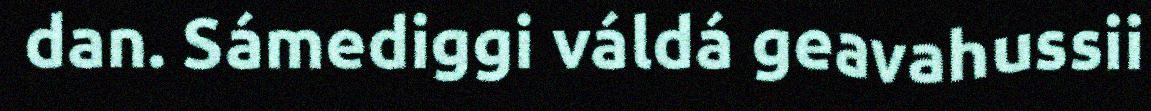
dan. Sámediggi váldá geavahussii